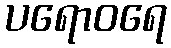
ပရောဝရေ